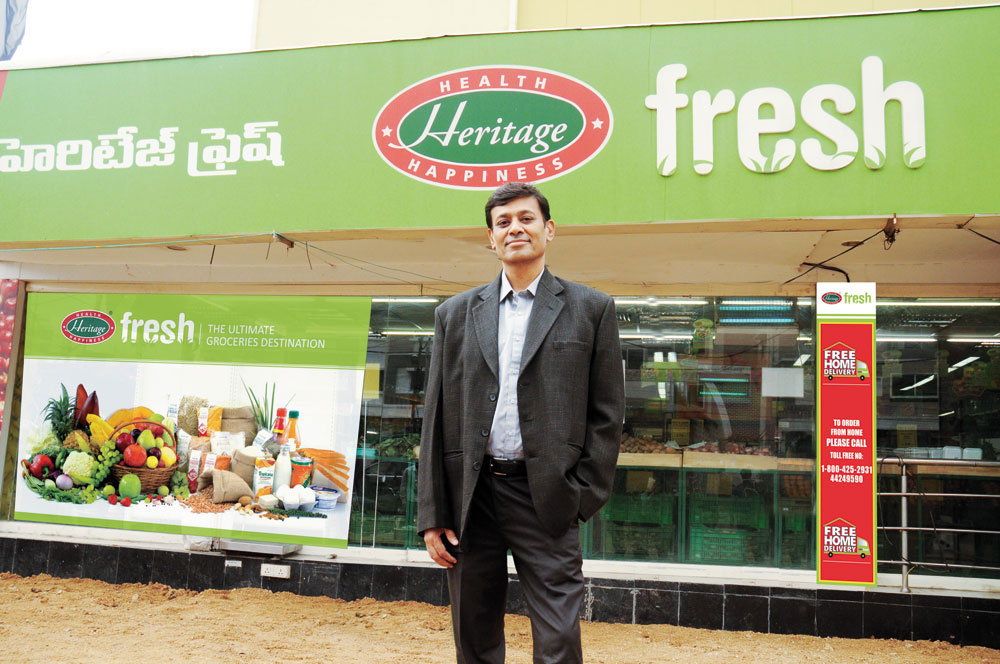
Language: telugu
Transcription: ఫ్రెష్ హెరిటేజ్